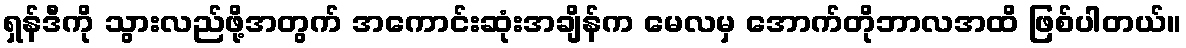
ရှန်ဒီကို သွားလည်ဖို့အတွက် အကောင်းဆုံးအချိန်က မေလမှ အောက်တိုဘာလအထိ ဖြစ်ပါတယ်။